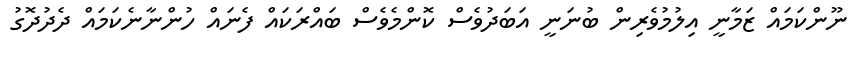
ނޫންކަމައް ޒަމާނީ އިލުމުވެރިން ބުނަނީ އަބަދުވެސް ކޮންމެވެސް ބައްރަކައް ފެނައް ހުންނާނެކަމައް ދެދުދޮގު